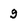
Character: 9